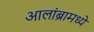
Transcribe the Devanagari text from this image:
आलांब्रामध्ये